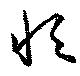
恒